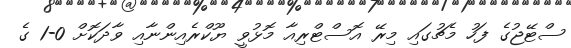
ސްޓޭޖުގެ ފަހު މެޗުގައި މިރޭ އޮސްޓްރިއާ މޮޅުވީ ޔޫކްރެއިންނާއި ވާދަކޮށް 0-1 ގެ